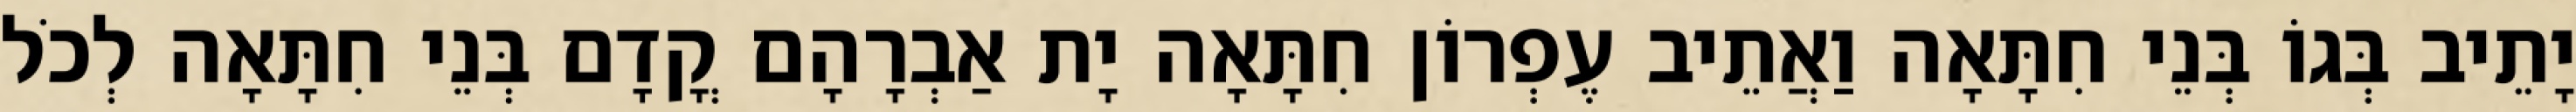
יָתֵיב בְּגוֹ בְּנֵי חִתָּאָה וַאֲתֵיב עֶפְרוֹן חִתָּאָה יָת אַבְרָהָם קֳדָם בְּנֵי חִתָּאָה לְכֹל